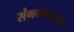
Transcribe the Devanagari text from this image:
संगमेश्वरच्या